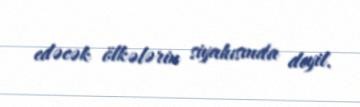
edəcək ölkələrin siyahısında deyil.